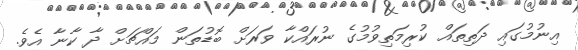
އިނުމުގައި ދަތިތައް ކުރިމަތިވުމުގެ ނުރައްކާ ވަރަށް ބޮޑުތަން މައްޗަށް ދާ ކާނާ އެވެ.